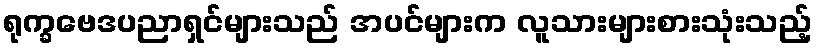
ရုက္ခဗေဒပညာရှင်များသည် အပင်များက လူသားများစားသုံးသည့်